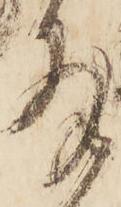
拝